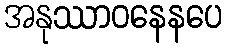
အနုဿာဝနေနပေ